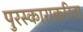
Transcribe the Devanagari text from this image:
पुरस्काराकरिता